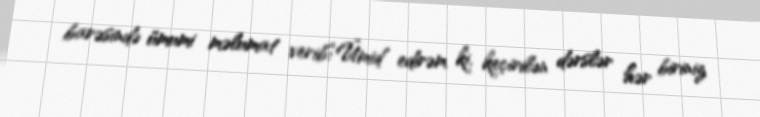
barəsində ümumi məlumat verib:“Ümid edirəm ki, keçirilən dərslər hər biriniz